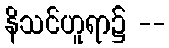
နိသင်ဟူရာ၌ --